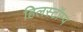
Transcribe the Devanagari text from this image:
हिलस्टॉम्प